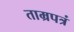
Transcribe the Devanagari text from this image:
ताम्रपत्रं